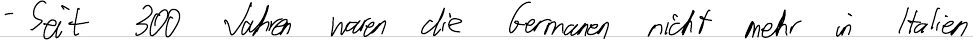
- Seit 300 Jahren waren die Germanen nicht mehr in Italien